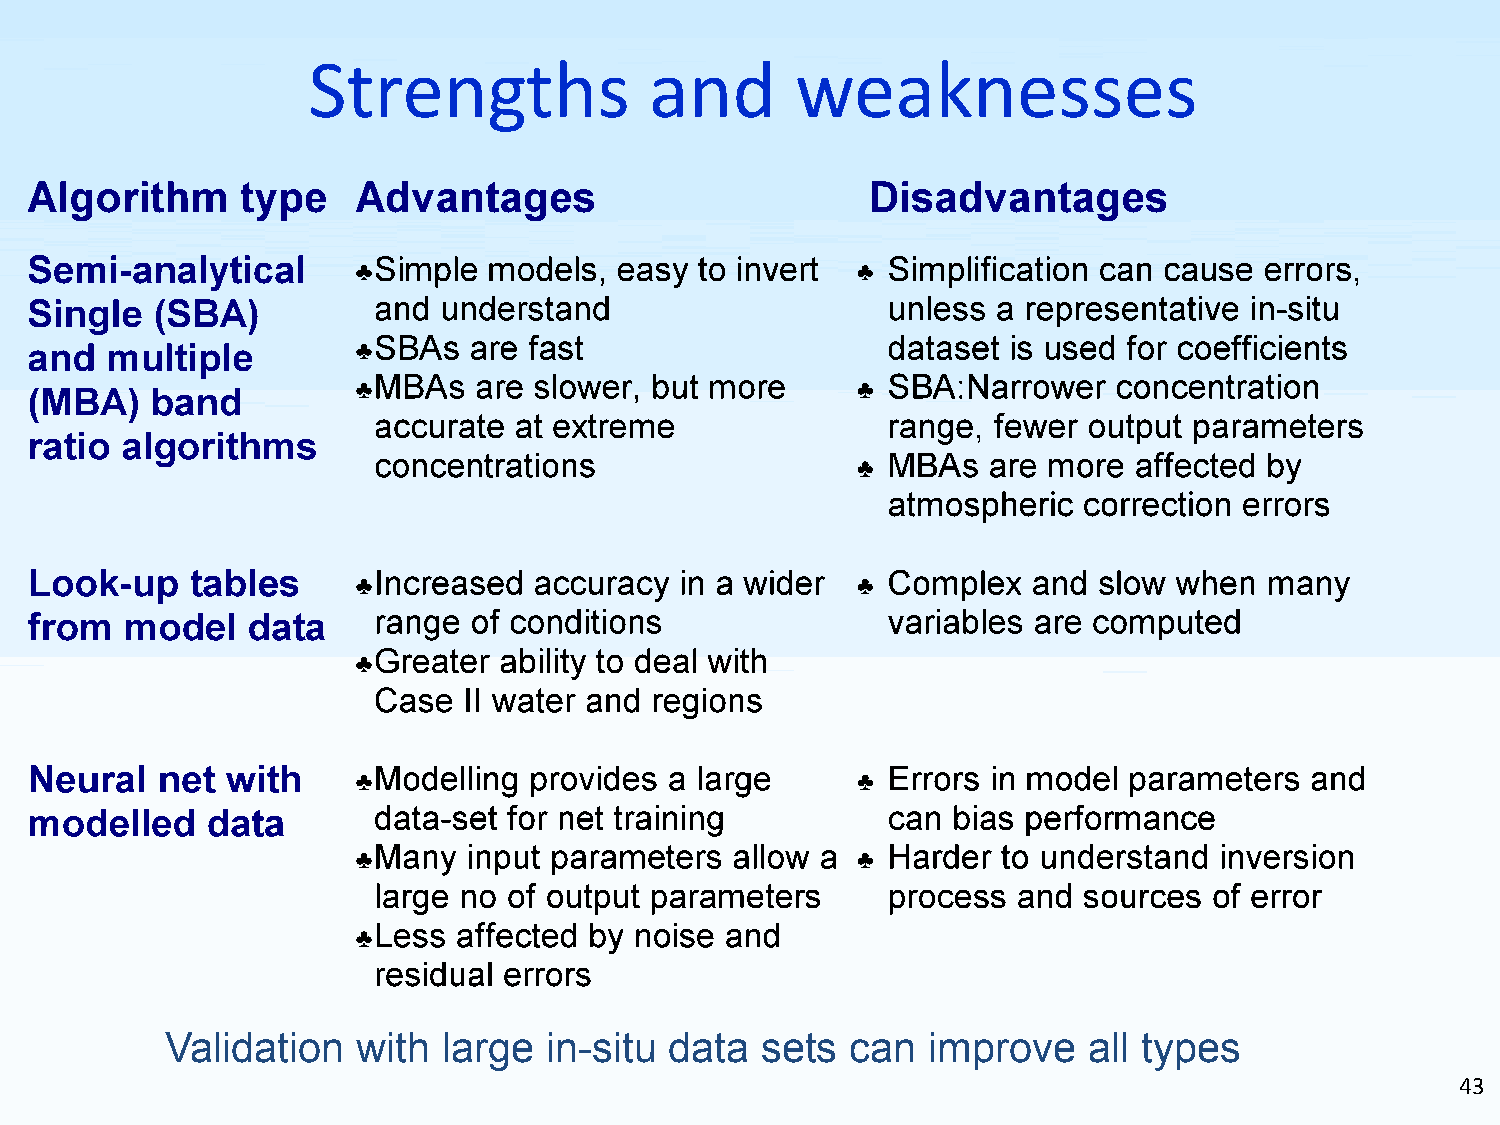
Strengths              and       weaknesses
 Validation   with large  in-situ data  sets  can  improve    all types
 43